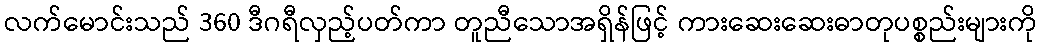
လက်မောင်းသည် 360 ဒီဂရီလှည့်ပတ်ကာ တူညီသောအရှိန်ဖြင့် ကားဆေးဆေးဓာတုပစ္စည်းများကို